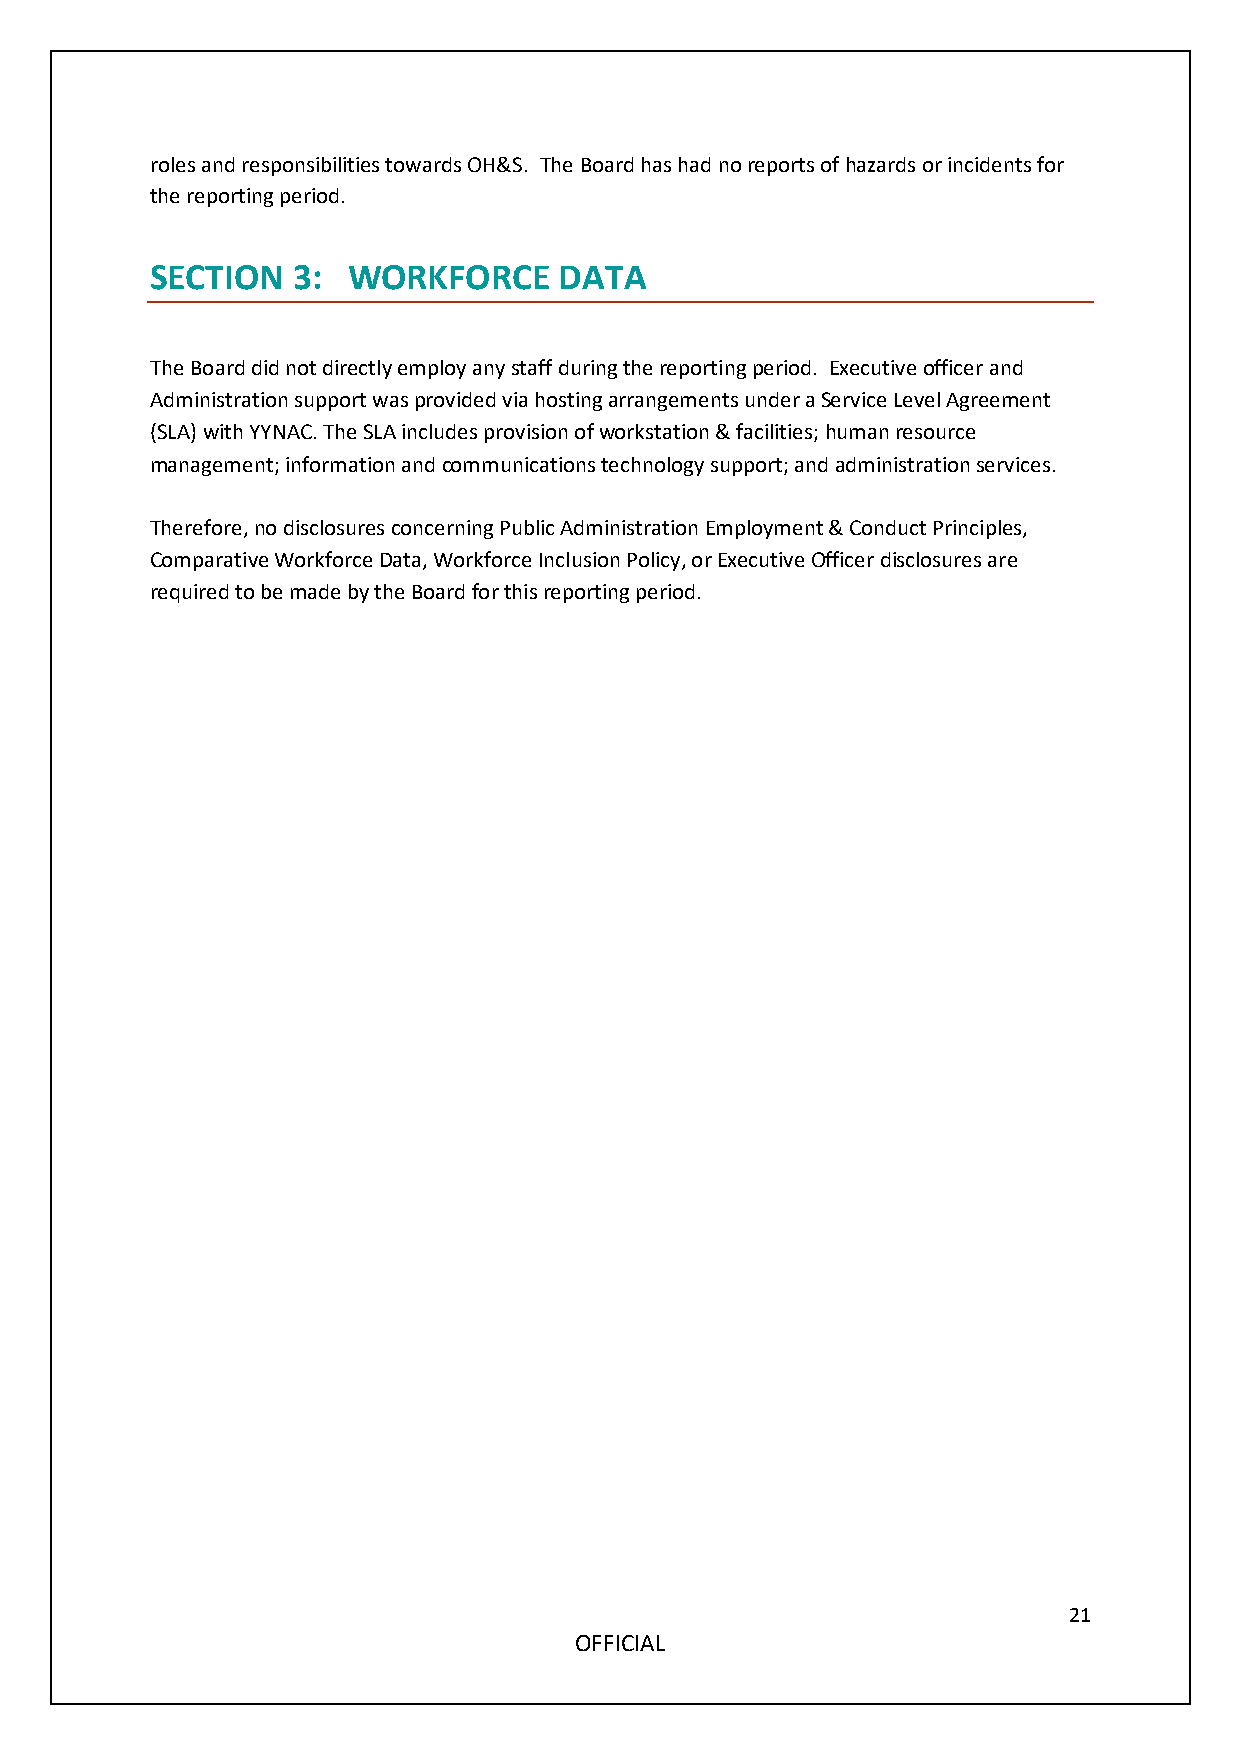
roles and responsibilities towards OH&S. The Board has had no reports of hazards or incidents for
 the reporting period.
 SECTION  3:  WORKFORCE     DATA
 The Board did not directly employ any staff during the reporting period. Executive officer and
 Administration support was provided via hosting arrangements under a Service Level Agreement
 (SLA) with YYNAC. The SLA includes provision of workstation & facilities; human resource
 management; information and communications technology support; and administration services.
 Therefore, no disclosures concerning Public Administration Employment & Conduct Principles,
 Comparative Workforce Data, Workforce Inclusion Policy, or Executive Officer disclosures are
 required to be made by the Board for this reporting period.
 21
 OFFICIAL